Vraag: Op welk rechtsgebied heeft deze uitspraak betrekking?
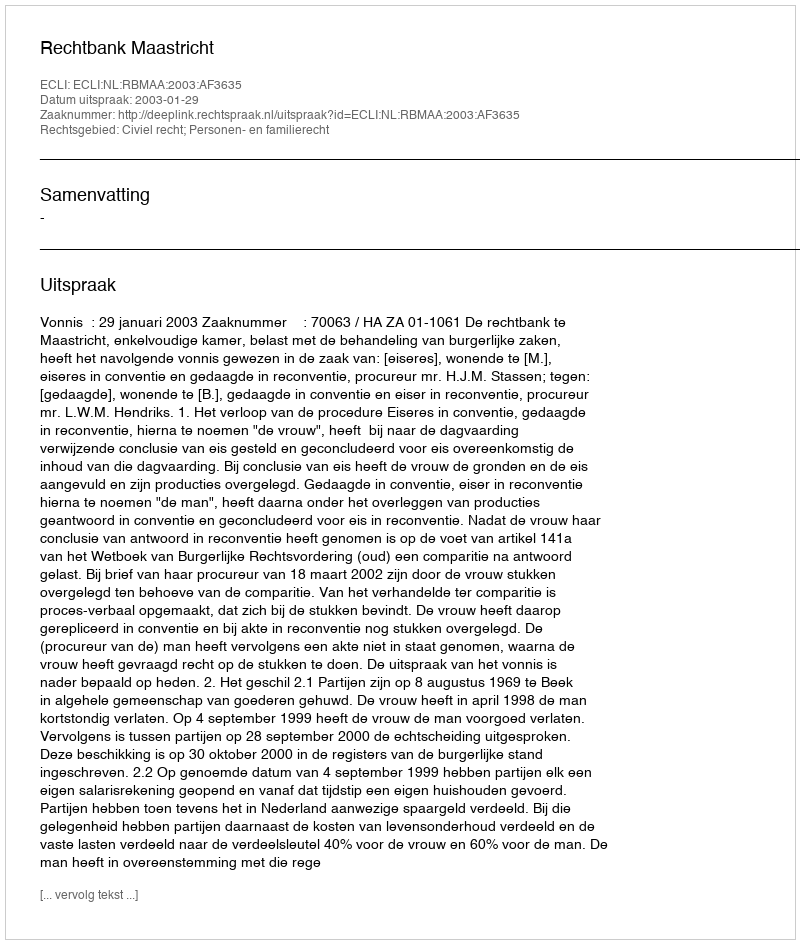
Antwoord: Civiel recht; Personen- en familierecht